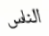
الناس